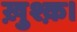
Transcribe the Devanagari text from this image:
ख़ुश्क़।